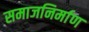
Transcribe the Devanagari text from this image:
समाजनिर्माण